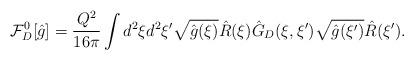
LaTeX: \begin{align*}{\mathcal{F}_D^0}[\hat{g}]={{Q^2}\over{16\pi}}\int{d^2}\xi{d^2}\xi'\sqrt{\hat{g}(\xi)}\hat{R}(\xi){\hat{G}_D}(\xi,\xi')\sqrt{\hat{g}(\xi')}\hat{R}(\xi').\end{align*}